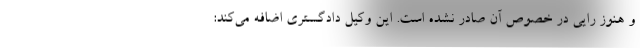
و هنوز رایی در خصوص آن صادر نشده است. این وکیل دادگستری اضافه می‌کند: